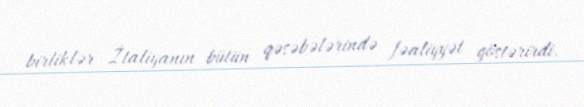
birliklər İtaliyanın bütün qəsəbələrində fəaliyyət göstərirdi.